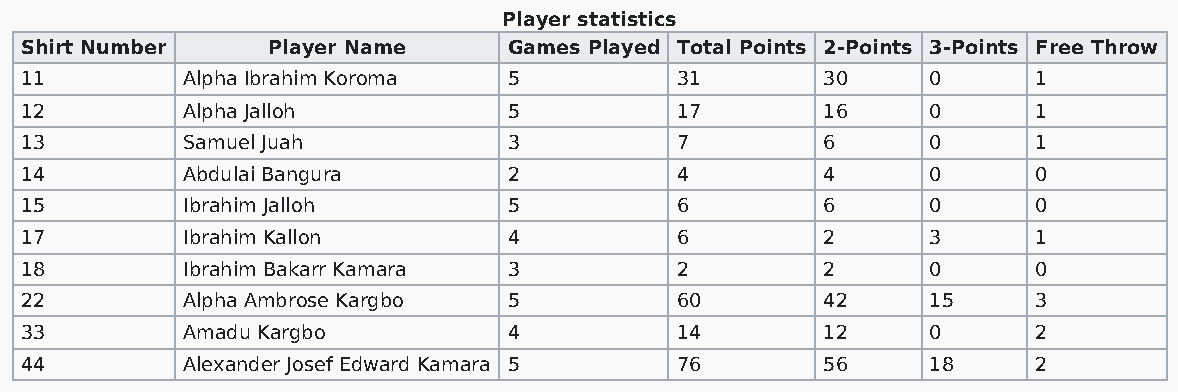
Player statistics
 Shirt Number     Player Name     Games Played Total Points 2-Points 3-Points Free Throw
 11         Alpha Ibrahim Koroma  5          31       30     0      1
 12         Alpha Jalloh          5          17       16     0      1
 13         Samuel Juah           3          7        6      0      1
 14         Abdulai Bangura       2          4        4      0      0
 15         Ibrahim Jalloh        5          6        6      0      0
 17         Ibrahim Kallon        4          6        2      3      1
 18         Ibrahim Bakarr Kamara 3          2        2      0      0
 22         Alpha Ambrose Kargbo  5          60       42     15     3
 33         Amadu Kargbo          4          14       12     0      2
 44         Alexander Josef Edward Kamara 5  76       56     18     2